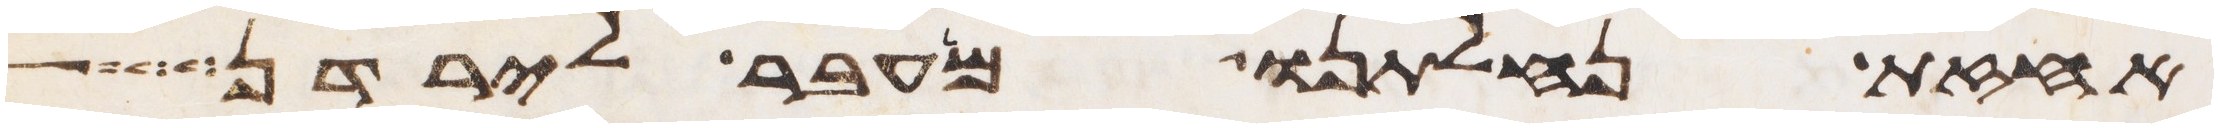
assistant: אחזת נחלתנו מעבר לירדן